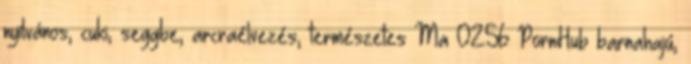
nyílvános, cuki, seggbe, arcraélvezés, természetes Ma 02:56 PornHub barnahajú,